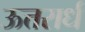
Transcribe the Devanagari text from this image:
ऊत्तरार्ध